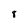
Character: 8